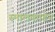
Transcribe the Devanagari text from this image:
स्मालकाडेन